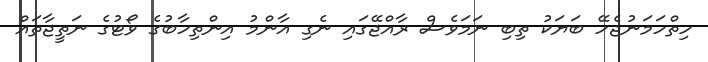
ހިތްހަމަނުޖެހޭ ބަޔަކު ތިބި ނަމަވެސް ރާއްޖޭގައި ނެގި އާންމު އިންތިހާބުގެ ވޯޓުގެ ނަތީޖާތައް